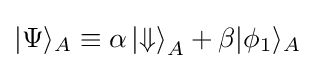
|\Psi \rangle _{A}\equiv \alpha \left|\Downarrow \right\rangle _{A}+\beta |\phi _{1}\rangle _{A}